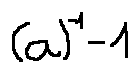
( a ) ^ { - 1 } - 1